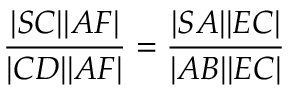
{ \frac { | S C | | A F | } { | C D | | A F | } } = { \frac { | S A | | E C | } { | A B | | E C | } }